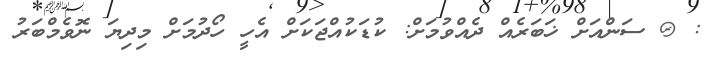
: @ ސަންއަށް ޚަބަރެއް ދެއްވުމަށް: ކުޑަކުއްޖަކަށް އެހީ ހޯދުމަށް މިދިޔަ ނޮވެމްބަރު